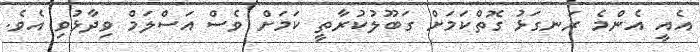
އެއީ އެންމެ ރަނގަޅު ގޮތްކަމަށް ގަބޫލުކުރާތީ ކަމަށް ވެސް އަސްލަމް ވިދާޅުވި އެވެ.